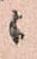
ニ